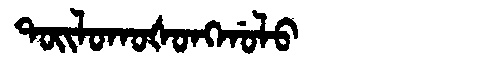
Manchu: ᡨᠣᡳᠯᠣᡴᠣᡧᠣᠩᡤᠣᠯᠣ
Romanization: TOILOKOŠONGGOLO